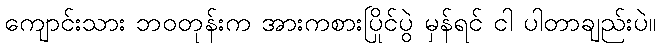
ကျောင်းသား ဘဝတုန်းက အားကစားပြိုင်ပွဲ မှန်ရင် ငါ ပါတာချည်းပဲ။